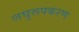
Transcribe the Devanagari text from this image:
लघुरूपकरण